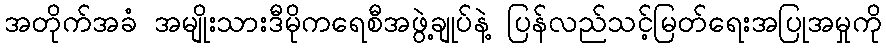
အတိုက်အခံ အမျိုးသားဒီမိုကရေစီအဖွဲ့ချုပ်နဲ့ ပြန်လည်သင့်မြတ်ရေးအပြုအမှုကို